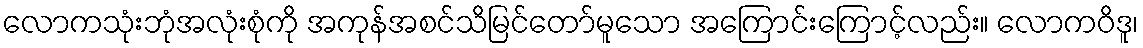
လောကသုံးဘုံအလုံးစုံကို အကုန်အစင်သိမြင်တော်မူသော အကြောင်းကြောင့်လည်း။ လောကဝိဒူ၊